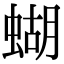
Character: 蝴